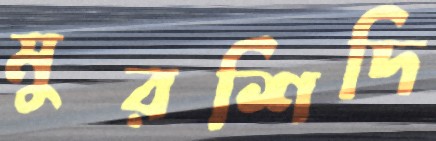
মুরশিদি